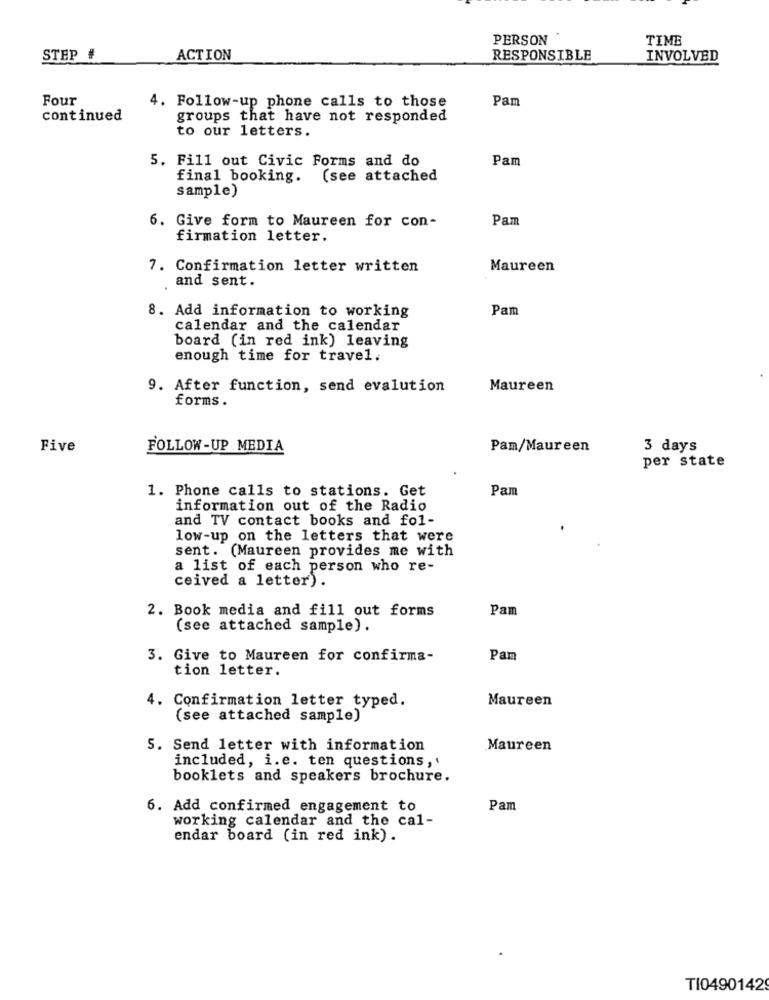
PERSON
TIME
STEP #
ACTION
RESPONSIBLE
INVOLVED
Four
Pam
4. Follow-up phone calls to those
continued
groups that have not responded
to our letters.
5. Fill out Civic Forms and do
Pam
final booking.
(see attached
sample)
6. Give form to Maureen for con-
Pam
firmation letter.
7. Confirmation letter written
Maureen
and sent.
8. Add information to working
Pam
calendar and the calendar
board (in red ink) leaving
enough time for travel.
9. After function, send evalution
Maureen
forms .
Five
FOLLOW -UP MEDIA
Pam/Maureen
3 days
per state
1. Phone calls to stations. Get
Pam
information out of the Radio
and TV contact books and fol-
low-up on the letters that were
sent. (Maureen provides me with
a list of each person who re-
ceived a letter).
2. Book media and fill out forms
Pam
(see attached sample).
3. Give to Maureen for confirma-
Pam
tion letter.
Maureen
4. Confirmation letter typed.
(see attached sample)
5. Send letter with information
Maureen
included, i.e. ten questions,
booklets and speakers brochure.
6. Add confirmed engagement to
Pam
working calendar and the cal-
endar board (in red ink).
TI0490142